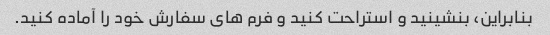
بنابراین، بنشینید و استراحت کنید و فرم های سفارش خود را آماده کنید.